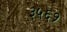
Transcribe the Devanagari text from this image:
३५६१